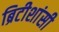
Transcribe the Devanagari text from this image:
ब्रिटीशांसी